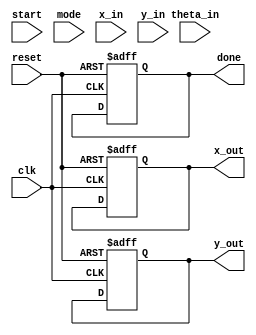
module cordic (
    input wire clk,
    input wire reset,
    input wire start,
    input wire mode, // 0 for rotation, 1 for vectoring
    input wire [15:0] x_in, // Fixed-point input x
    input wire [15:0] y_in, // Fixed-point input y
    input wire [15:0] theta_in, // Fixed-point angle input
    output reg [15:0] x_out, // Fixed-point output x
    output reg [15:0] y_out, // Fixed-point output y
    output reg done // Process completion flag
);

    // Parameters
    parameter NUM_ITERATIONS = 16;
    parameter [15:0] K = 16'h26DD; // Scaling factor (approx 0.6072 in fixed-point)

    // Lookup table for arctangent values
    reg [15:0] atan_table [0:NUM_ITERATIONS-1];
    initial begin
        atan_table[0] = 16'h2000; // atan(2^0)
        atan_table[1] = 16'h199A; // atan(2^-1)
        atan_table[2] = 16'h1333; // atan(2^-2)
        atan_table[3] = 16'h0F0F; // atan(2^-3)
        atan_table[4] = 16'h0C00; // atan(2^-4)
        atan_table[5] = 16'h0A3D; // atan(2^-5)
        atan_table[6] = 16'h0862; // atan(2^-6)
        atan_table[7] = 16'h071C; // atan(2^-7)
        atan_table[8] = 16'h05A8; // atan(2^-8)
        atan_table[9] = 16'h04C1; // atan(2^-9)
        atan_table[10] = 16'h03E8; // atan(2^-10)
        atan_table[11] = 16'h0333; // atan(2^-11)
        atan_table[12] = 16'h028F; // atan(2^-12)
        atan_table[13] = 16'h0200; // atan(2^-13)
        atan_table[14] = 16'h0186; // atan(2^-14)
        atan_table[15] = 16'h0100; // atan(2^-15)
    end

    // Internal registers
    reg [15:0] x_reg, y_reg, theta_reg;
    reg [3:0] iteration;
    reg [15:0] x_temp, y_temp;
    reg done_reg;

    // Control logic
    always @(posedge clk or posedge reset) begin
        if (reset) begin
            x_out <= 16'b0;
            y_out <= 16'b0;
            done <= 1'b0;
            iteration <= 4'b0;
            done_reg <= 1'b0;
        end else if (start) begin
            x_reg <= x_in;
            y_reg <= y_in;
            theta_reg <= theta_in;
            iteration <= 4'b0;
            done_reg <= 1'b0;
        end else if (!done_reg && iteration < NUM_ITERATIONS) begin
            // CORDIC rotation/vectoring logic
            if (mode == 1'b0) begin // Rotation mode
                if (theta_reg < 0) begin
                    x_temp = x_reg + (y_reg >>> iteration);
                    y_temp = y_reg - (x_reg >>> iteration);
                    theta_reg = theta_reg + atan_table[iteration];
                end else begin
                    x_temp = x_reg - (y_reg >>> iteration);
                    y_temp = y_reg + (x_reg >>> iteration);
                    theta_reg = theta_reg - atan_table[iteration];
                end
            end else begin // Vectoring mode
                if (y_reg < 0) begin
                    x_temp = x_reg + (y_reg >>> iteration);
                    y_temp = y_reg - (x_reg >>> iteration);
                end else begin
                    x_temp = x_reg - (y_reg >>> iteration);
                    y_temp = y_reg + (x_reg >>> iteration);
                end
            end

            // Update registers
            x_reg <= x_temp;
            y_reg <= y_temp;
            iteration <= iteration + 1;
        end else if (iteration == NUM_ITERATIONS) begin
            x_out <= x_reg * K; // Apply scaling factor
            y_out <= y_reg * K; // Apply scaling factor
            done_reg <= 1'b1;
            done <= 1'b1;
        end
    end
endmodule